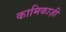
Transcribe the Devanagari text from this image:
कामिकाज़ी